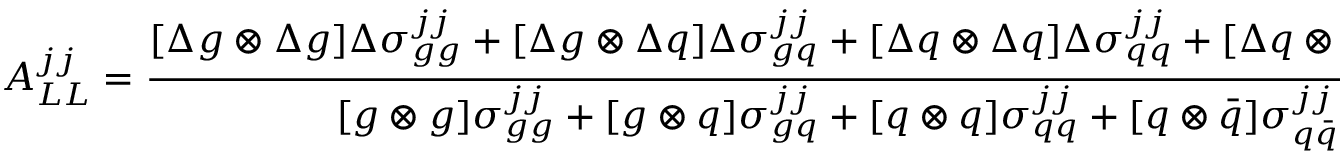
{ \cal A } _ { L L } ^ { j j } = { \frac { [ \Delta g \otimes \Delta g ] \Delta \sigma _ { g g } ^ { j j } + [ \Delta g \otimes \Delta q ] \Delta \sigma _ { g q } ^ { j j } + [ \Delta q \otimes \Delta q ] \Delta \sigma _ { q q } ^ { j j } + [ \Delta q \otimes \Delta \bar { q } ] \Delta \sigma _ { q \bar { q } } ^ { j j } + \ldots } { [ g \otimes g ] \sigma _ { g g } ^ { j j } + [ g \otimes q ] \sigma _ { g q } ^ { j j } + [ q \otimes q ] \sigma _ { q q } ^ { j j } + [ q \otimes \bar { q } ] \sigma _ { q \bar { q } } ^ { j j } + \ldots } } .